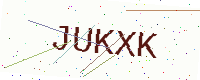
Text: JUKXK